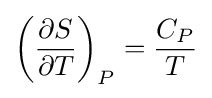
\left({\frac {\partial S}{\partial T}}\right)_{P}={\frac {C_{P}}{T}}